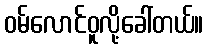
ဝမ်လောင်ဝူလို့ခေါ်တယ်။